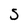
Character: 5